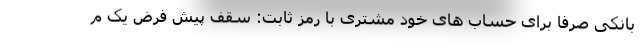
بانکی صرفاً برای حساب های خود مشتری با رمز ثابت: سقف پیش فرض یک م